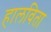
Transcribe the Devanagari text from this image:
हालविता